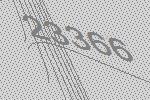
23366